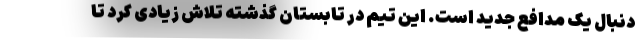
دنبال یک مدافع جدید است. این تیم در تابستان گذشته تلاش زیادی کرد تا